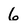
Character: 6